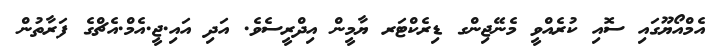
އެމްއޯޔޫގައި ސޮއި ކުރެއްވީ މެނޭޖިންގ ޑިރެކްޓަރ ޔާމީން އިދްރީސެވެ. އަދި އައި.ޖީ.އެމް.އެޗްގެ ފަރާތުން